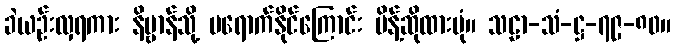
ခဲယဉ်းလှရကား နိဗ္ဗာန်သို့ မရောက်နိုင်ကြောင်း မိန့်ဆိုထားပုံ။ သဠာ-သံ-ဋ္ဌ-၇၉-၈၀။